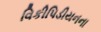
વિકીપિડીયનના